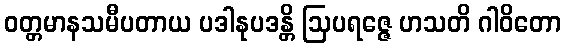
ဝတ္တမာနသမီပတာယ ပဒါနုပဒန္တိ ဩပရဇ္ဇေ ဟသတိ ဂါဝိတော